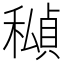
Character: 𥢆